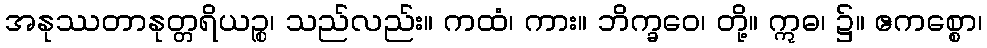
အနုဿတာနုတ္တရိယဉ္စ၊ သည်လည်း။ ကထံ၊ ကား။ ဘိက္ခဝေ၊ တို့။ ဣဓ၊ ၌။ ဧကစ္စော၊